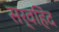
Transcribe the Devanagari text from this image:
सर्वहिंद